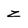
Character: z